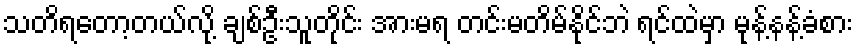
သတိရတော့တယ်လို့ ချစ်ဦးသူတိုင်း အားမရ တင်းမတိမ်နိုင်ဘဲ ရင်ထဲမှာ မုန့်နန့်ခံစား